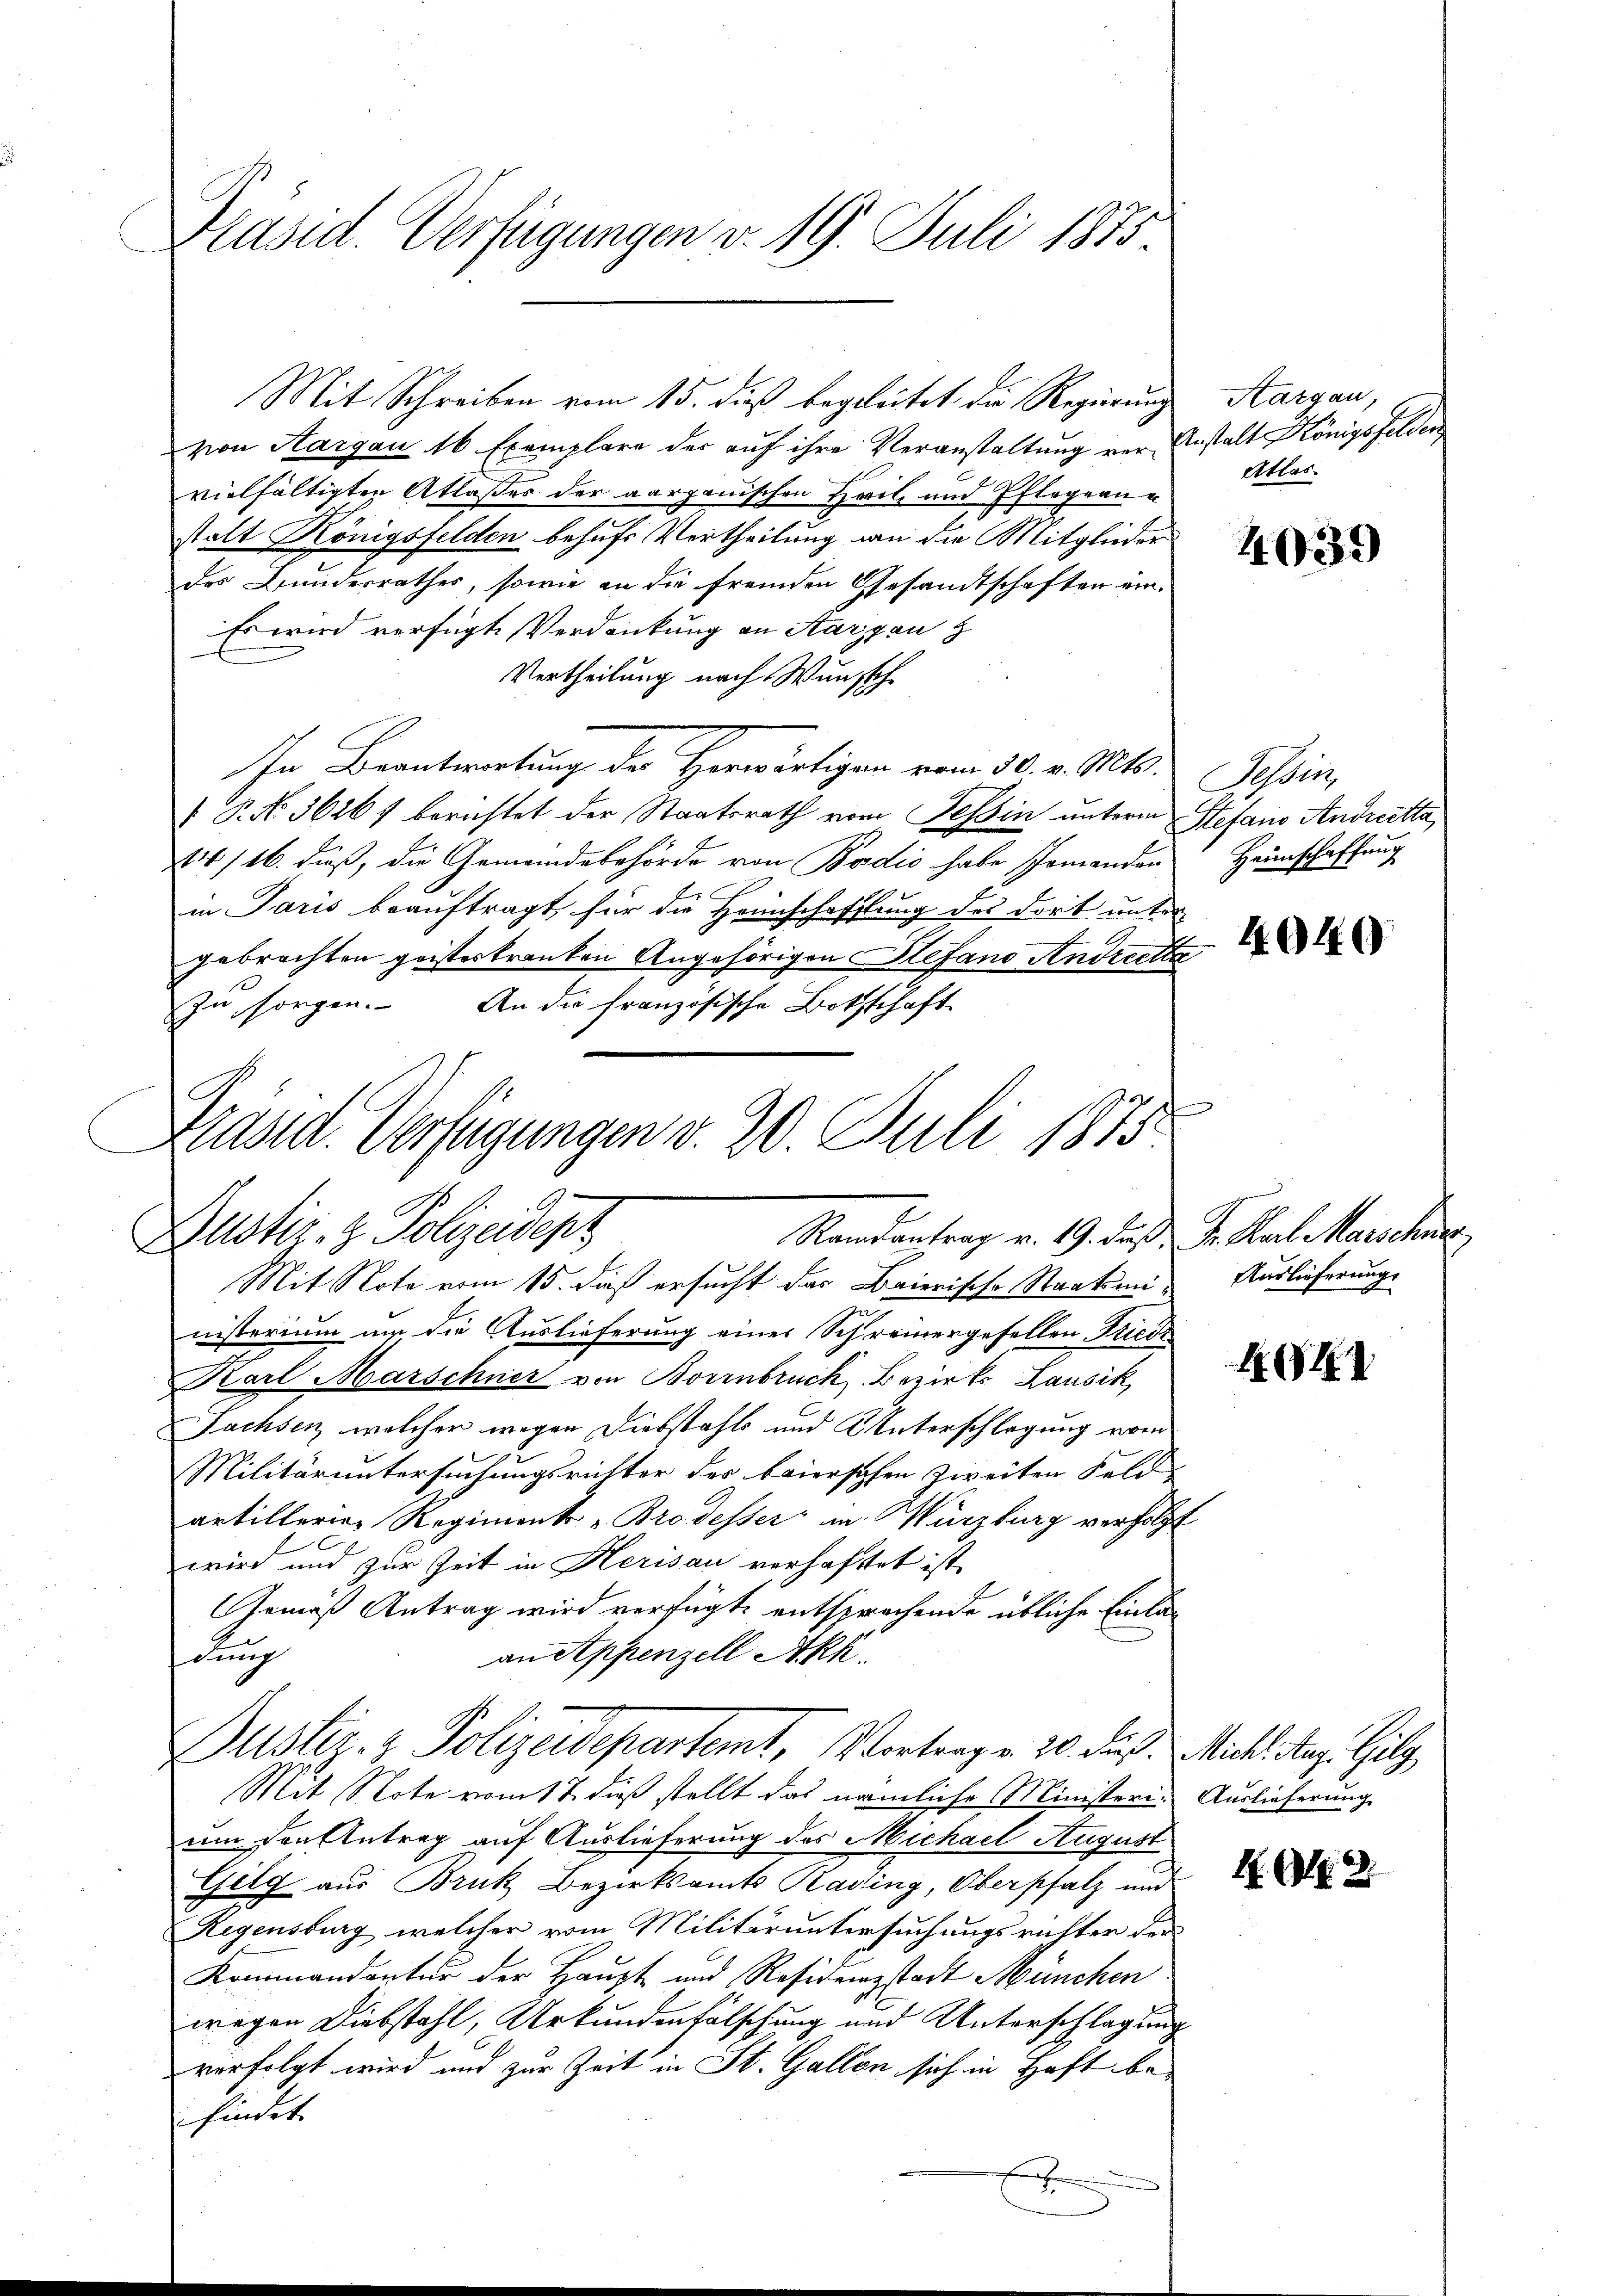
Präsid. Verfügungen v. 19. Juli 1875

Mit Schreiben vom 15. dieß begleitet, die Regierung
von Aargau 16 Exemplare der auf ihre Veranstaltung vor Anstalt Königsfelden,
vielfältigten Atlaßes der aargauischen Zeit und Pflegeanstalt Königsfelden behufs Vertheilung an die Mitglieder
des Bundesrathes, sowie an die fremden Gesandtschaften ein¬
Es wird verfügte Verdankung an Aargau z
Vertheilung nach Wunsch
In Beantwortung der Herwärtigen vom 30. v. Mts. Tessin,
 P. No 36261 berichtet der Staatsrath vom Tessin unterm Stefano Andrietta,
14/26. dieß, die Gemeindebehörde von Bodio habe Ermandon
C
in Paris beauftragt, für die Heinschafftung des dort unter
gebrachten geisterkranken Angehörigen Stefand Andrechte
In sorgen. An die französische Bothschaft
x
Mit Note vom 15. daß ersucht das Baierische Staatsmi-
nisterium um die Auslieferung einer Schreinergesellen Kreis
Karl Marschner von Borenbruck, Bezirks Lausik
Fachsen welcher wegen Diebstahls und Unterschlagung vom
Militäruntersuchungsrichter der baierschen zweiten Feld
antillerer Regiment - Brodesser in Würzburg verfolgt
wird und zur Zeit in Herisau verhaftet ist.
Gemäß Antrag wird verfügt, entsprachende übliche Einlaan Appenzell Akk.
dung
Düster- & Polizeidepartemt, Vortrage 20. dies. Michl u. Gilg
Mit Note vom 17. dieß stellt das nämliche Ministeri- Auslieferung
um den Antrag auf Auslieferung des Michael August
Gilg aus Bruk Bezirksamts Kading, Oberpfalz und
Regensburg, welcher vom Militäruntersuchungsrichter der
Kommandantur der Haupt und Residenzstadt München
wegen Diebstahl, Urkundenfälschung und Unterschlagung
verfolgt wird und zur Zeit in St. Gallen sich in Haft befindet.
f

Präsid. Verfügungen v. 20. Juli 1875.
Bustiz- & Polizeidenz
Randantrag v. 19. daß Fr. Karl Marschie

Kargau,
Atlas

4039

Heimschaffung

4940

Auslieferung

4

H. Al. 3.